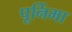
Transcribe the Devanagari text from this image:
पूर्निमा